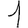
Digit: 1